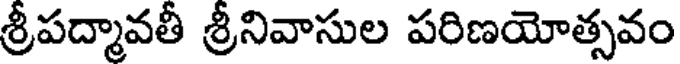
శ్రీపద్మావతీ శ్రీనివాసుల పరిణయోత్సవం